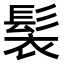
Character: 𩬿